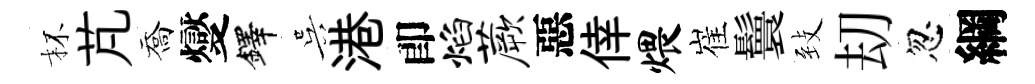
杯芃喬燮鐸吴港卽焰蕨惡倖煨崔鬟𦤺刧忽綱